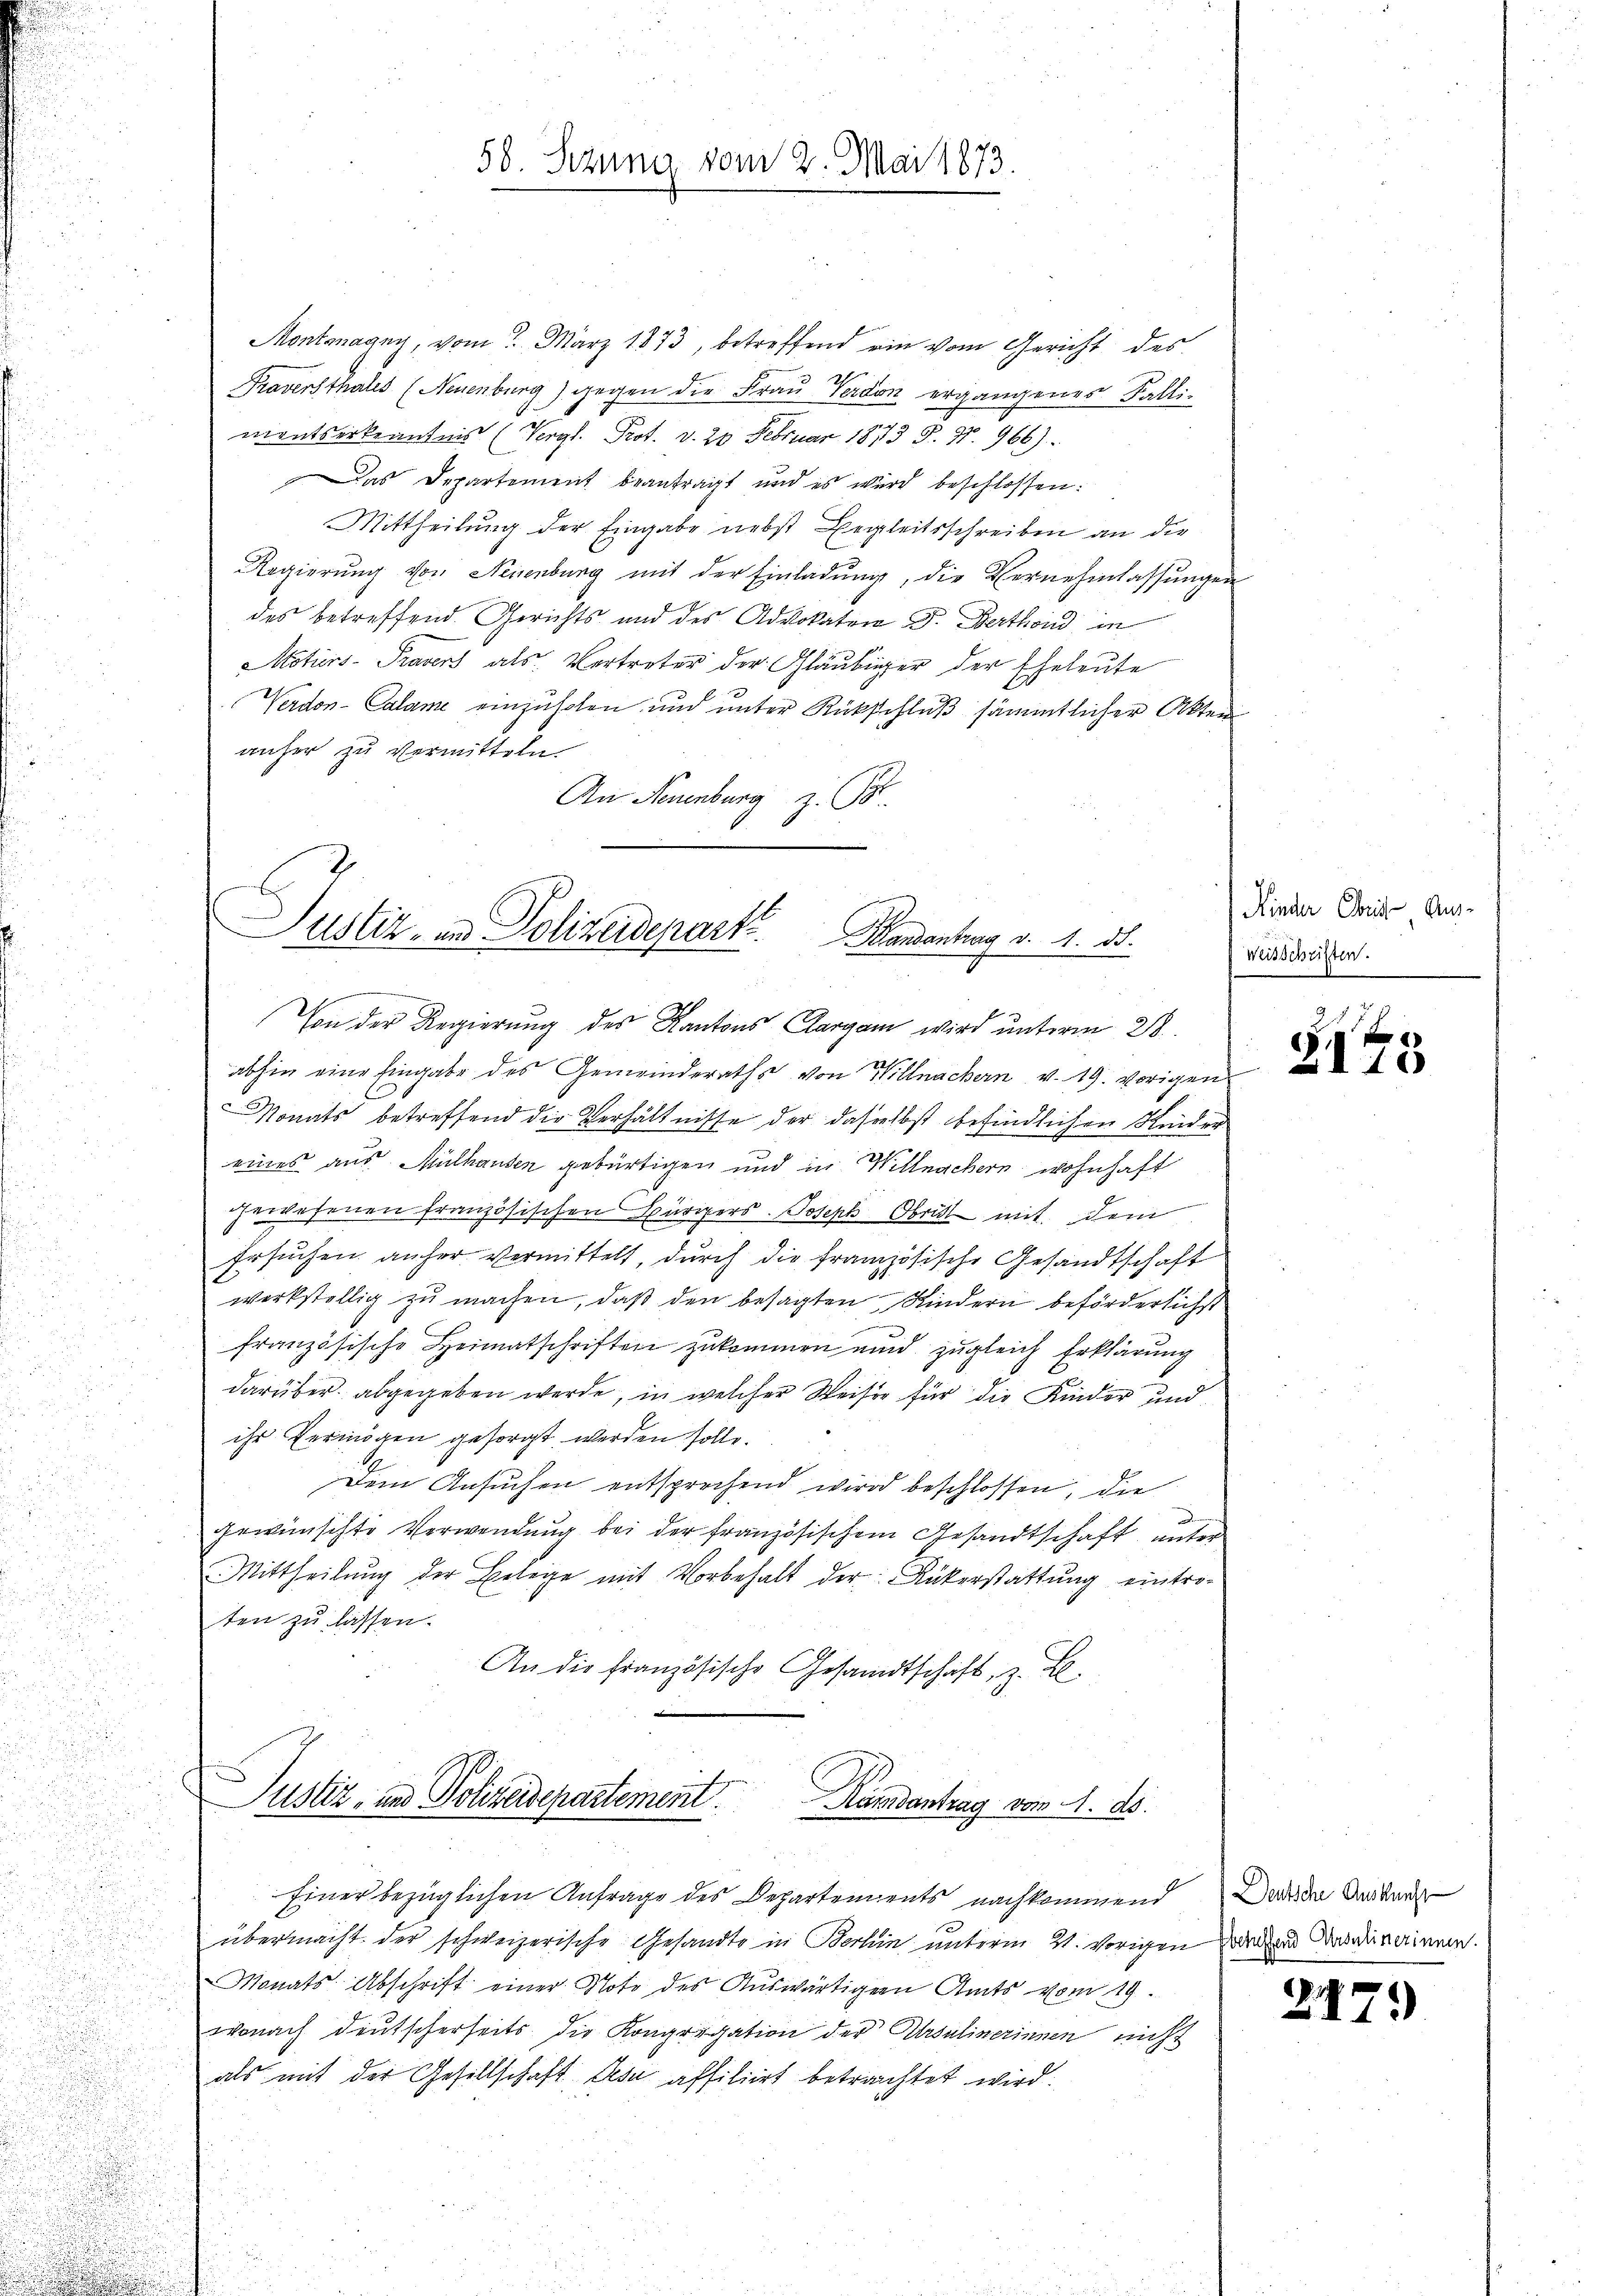
58. Sezung vom 2. Mai 1873.

Montmagny, vom 3. März 1873, betreffend ein vom Gericht des
Traversthales (Neuenburg) gegen die Frau Verden ergangenes Fallinientserkenntnis (Vergl. Prot. v. 20 Februar 1873 S. 97. 966).
Das Departement beantragt und es wird beschlossen:
Mittheilung der Eingabe nebst Begleitsschreiben an die
Regierung von Neuenburg mit der Einladung, die Vernehmlassungen
des betreffend. Gerichts und des Advokaten J. Berthond in
Moturs-Pravers als Vertreter der Gläubiger der Eheleute
Verdon-Calame einzuholen und unter Rückschluß sämmtlicher Akten
anher zu vermitteln.
An Neuenburg z. B.

Justiz- und Polizeidepart Montantrag v. 1. ds.
Von der Regierung des Kantons Aargau wird unterm 28.

abhin eine Eingabe des Gemeinderaths von Willnachern v. 19. vorigen
Monats betreffend die Verhältnisse der dasselbst befindlichen Kinder
eines aus Mülhausen gebürtigen und in Willnachern wohnhaft
gewesenen französischen Bürgers Joseph Obrist mit dem
Ersuchen anher vermittelt, durch die französische Gesandtschaft
werkstellig zu machen, daß den besagten Kindern beförderlichst
französische Heimatschriften zukommen und zugleich Erklärung
darüber abgegeben werde, in welcher Weiser für die Kinder und
ihr Vermögen gesorgt werden solle.
dem Ansuchen entsprechend wird beschlossen, die
gewünschte Verwendung bei der französischem Gesandtschaft unter
Mittheilŭng der Belege mit Vorbehalt der Rükerstattung eintro-
ten zu lassen.
An die Französische Gesandtschaft, z. B.

Justiz- und Polizeidepartement Randantrag vom 1. ds.

Einer bezüglichen Anfrage des Departements nachkommend
übermacht der schweizerische Gesandte in Berhin unterm 4. vorigen und der einen.
Monats Abschrift einer Note des Auswärtigern Amts vom 19.
wonach deutscherheits die Kongrigation der Ursulinerinnen nicht
als mit der Gesellschaft des affitiert betrachtet wird.

Kinder Choris Aus-
Weisschriften.

e
x

Deutsche Auskunft

217.